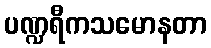
ပဏ္ဍရီကသမောနတာ